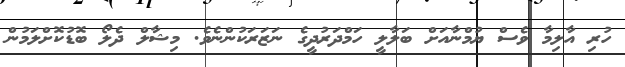
ހުރި އާލިމާ ވެސް ޔުމްނާއަށް ބަލާލީ ހަމްދަރުދީގެ ނަޒަރަކުންނެވެ. މިޝާލް ދެލޯ ބޮޑުކޮށްލަމުން